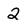
Character: 2